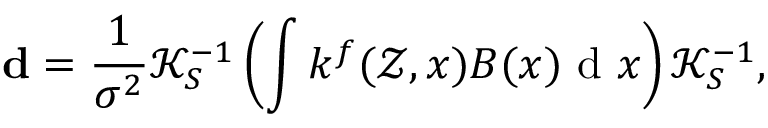
\mathbf { d } = \frac { 1 } { \sigma ^ { 2 } } \mathcal { K } _ { S } ^ { - 1 } \left( \int k ^ { f } ( \mathcal { Z } , x ) B ( x ) \mathrm { ~ d ~ } x \right) \mathcal { K } _ { S } ^ { - 1 } ,